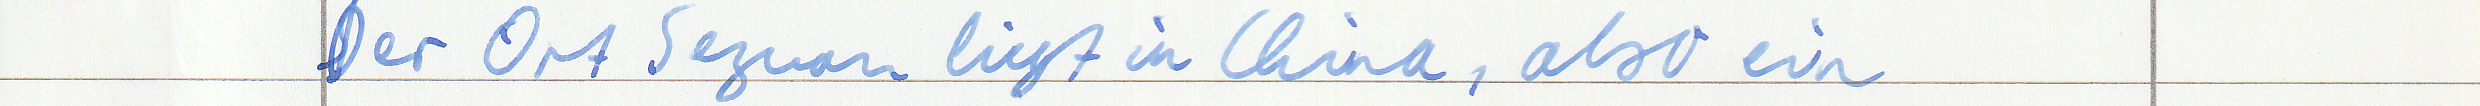
Der Ort Sezuan liegt in China, also ein